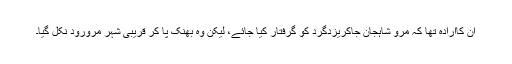
ان کاارادہ تھا کہ مرو شاہجان جاکریزدگرد کو گرفتار کیا جائے، لیکن وہ بھنک پا کر قریبی شہر مرورود نکل گیا۔